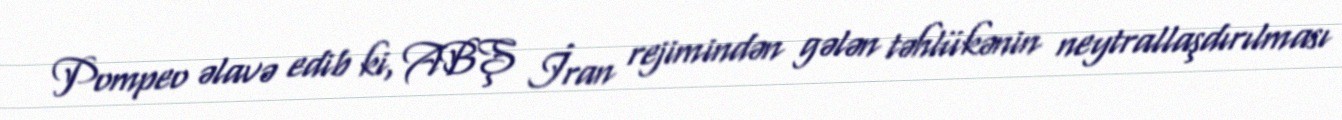
Pompeo əlavə edib ki, ABŞ İran rejimindən gələn təhlükənin neytrallaşdırılması